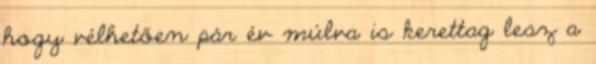
hogy vélhetően pár év múlva is kerettag lesz a